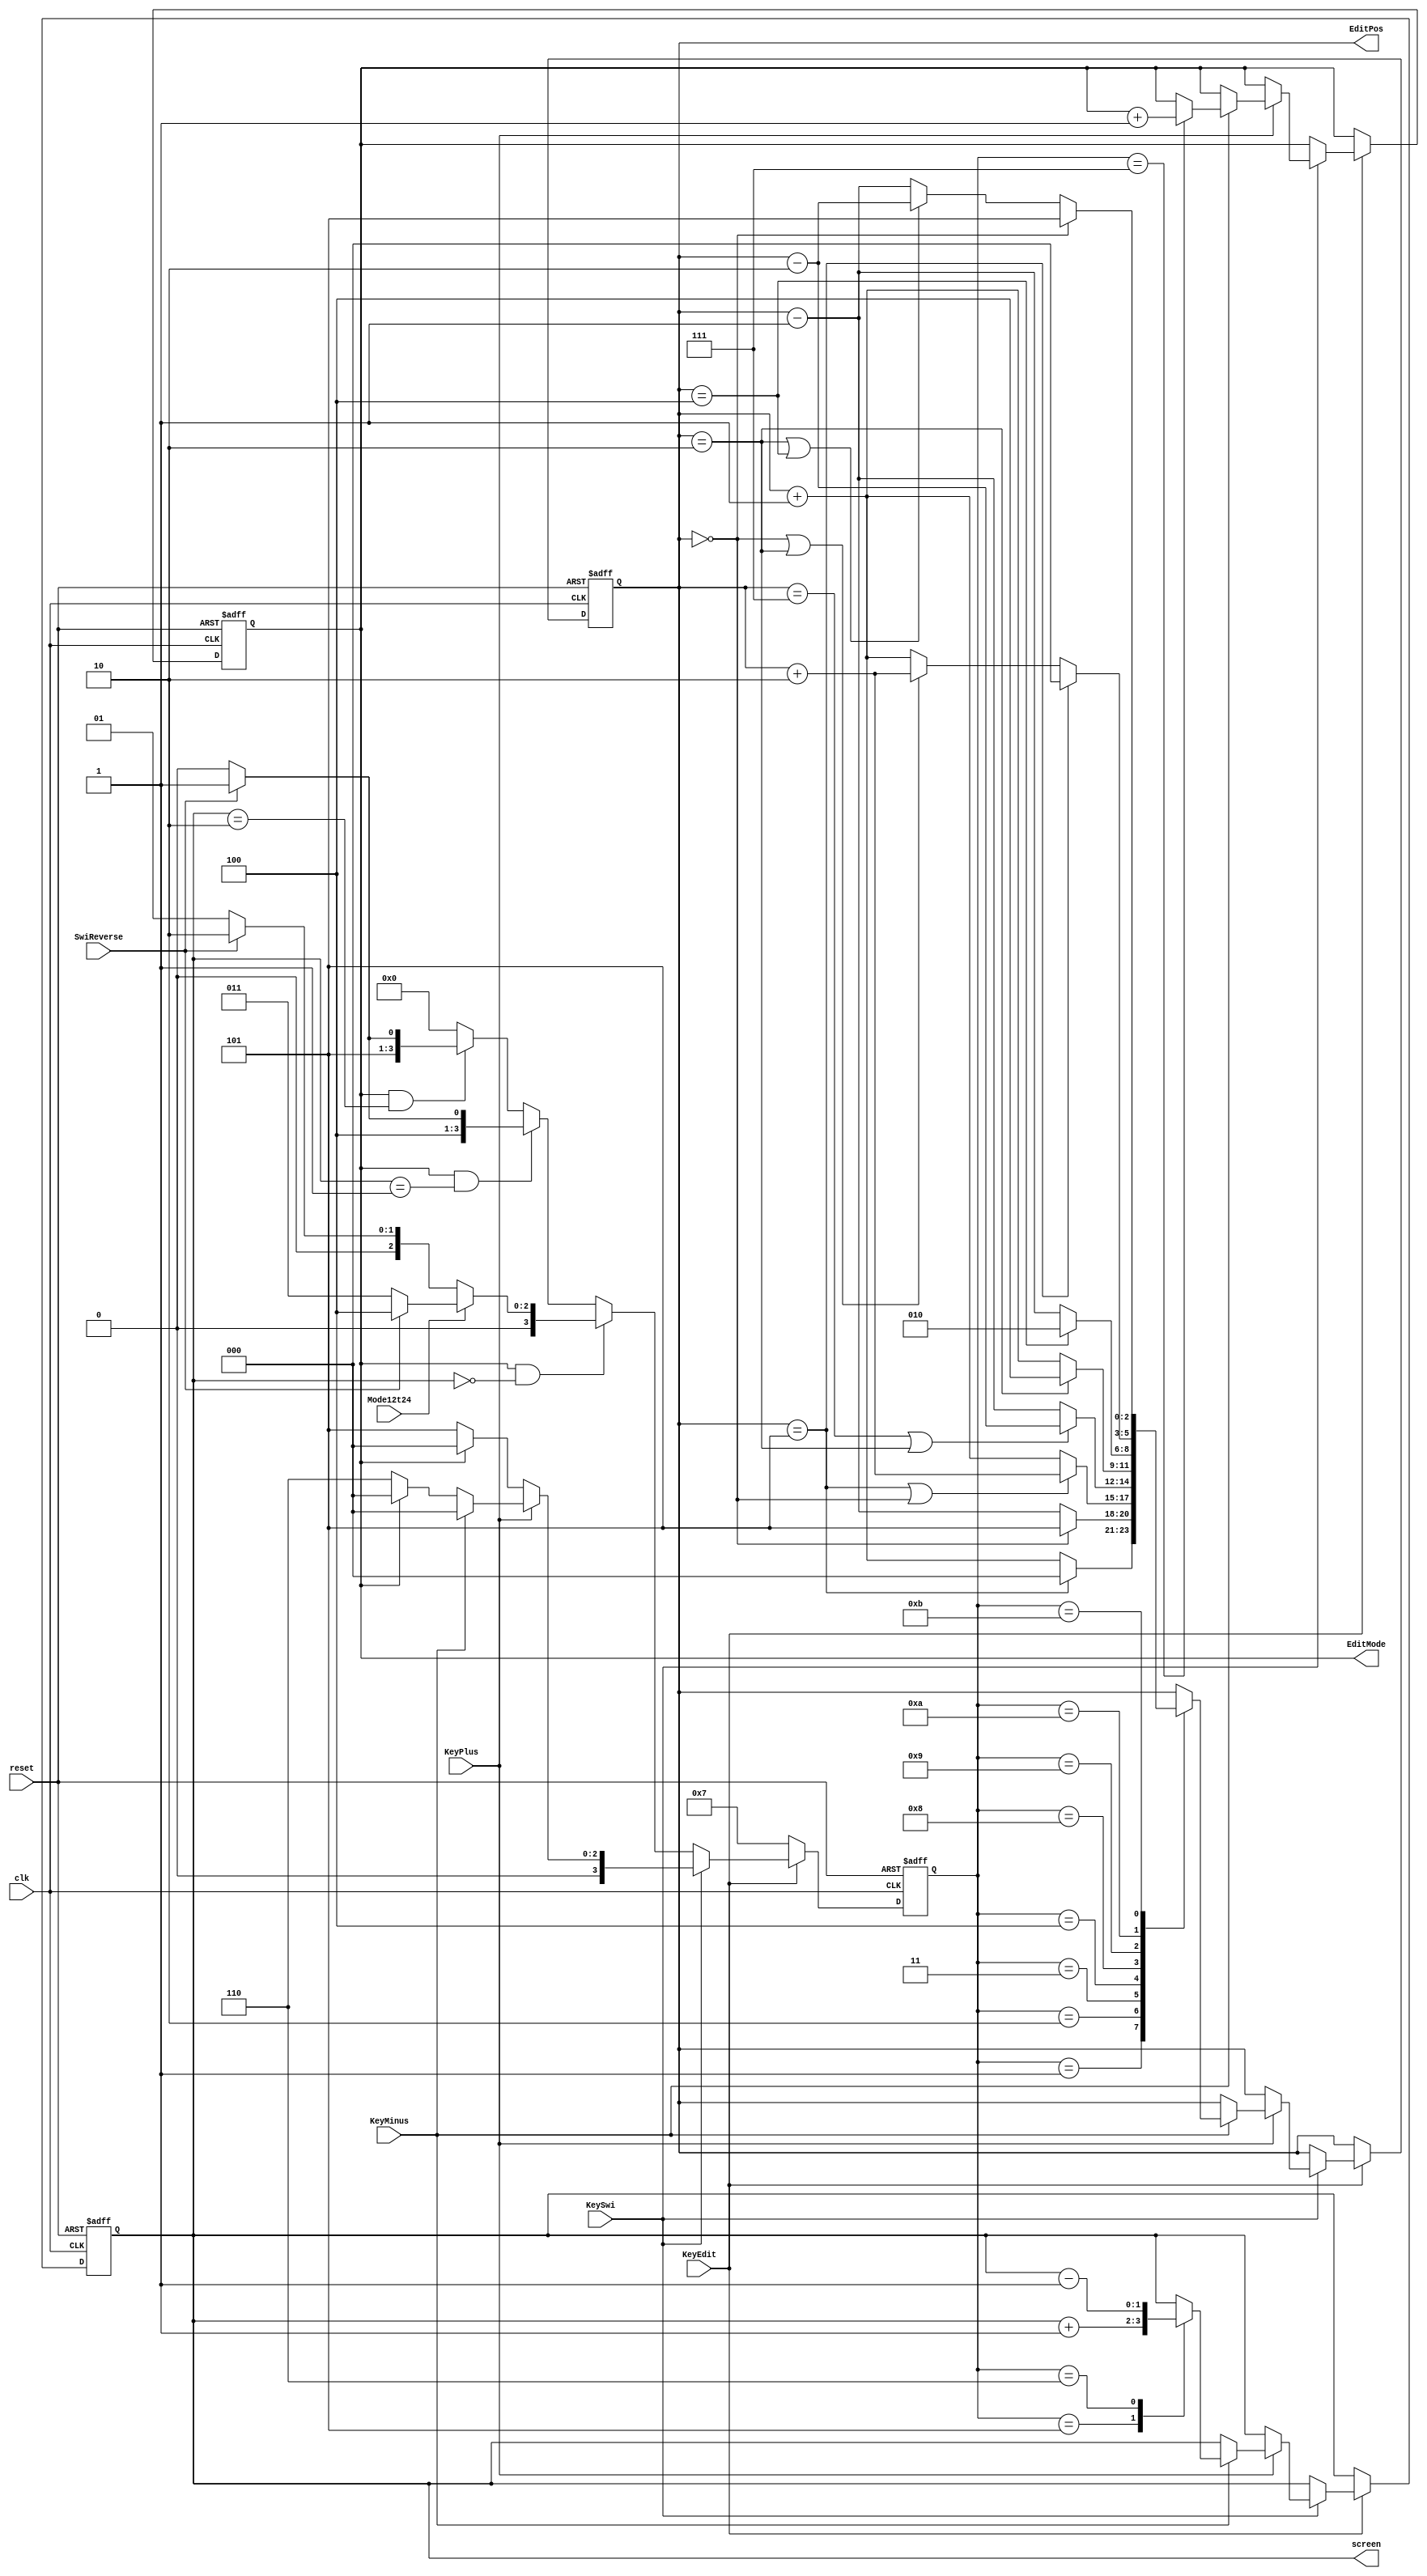
/** Basic Signal Manager
 * 
 * Input: Mode12t24, SwiReverse, KeyPlus, KeyMinus, KeyEdit, KeySwi, clk, reset
 * Output: EditMode, screen, EditPos
 * 
 * Dependence: none
 * 
 * Function: Manage basic signals of project
 * 
 * Description Input, Output:
 * 
 * - EditMode: perform Edit Mode which is high or low
 * - screen: perform the current screen
 * - EditPos: the current position of hex. This is opposite with hex which is 0 in the leftmost while it is 7
 * - KeyPlus, KeyMinus: plus, minus 1 unit of current position when in Edit Mode
 * - KeyEdit: switch between Edit Mode and Normal Mode
 * - KeySwi: switch to next position (from left to
 *           right) when user is in Edit Mode
 * - Mode24t12: perform he clock which is 12h or 24h, 12h when high
 * - SwiReverse: perform switch is reversed, reverse when high
 * - clk: the main clock for flip-flop
 * - reset: to reset the project
 */
module KeysManage(EditMode, screen, EditPos, KeyPlus, KeyMinus, KeyEdit, KeySwi, Mode12t24, SwiReverse, clk, reset);
	output reg EditMode;
	output reg[1:0] screen;
	output reg [2:0] EditPos;
	input Mode12t24, SwiReverse, KeyPlus, KeyMinus, KeyEdit, KeySwi, clk, reset;
	
	reg [3:0] mode;
	
	always @(posedge clk, negedge reset) begin
		if(~reset) begin
			screen <= 0;
			EditMode <= 0;
			EditPos <= 0;
			mode <= 0;
		end
		else if(~KeyEdit) begin
			mode <= 7;
		end
		else if(~KeySwi) begin
			if (EditMode == 1 && screen == 0) begin
				if (Mode12t24 == 0) begin
					if (SwiReverse == 0) mode <= 1;
					else mode <= 2;
				end
				else begin
					if (SwiReverse == 0) mode <= 3;
					else mode <= 4;
				end
			end
			else if (EditMode == 1 && screen == 1) begin
				if (SwiReverse == 0) mode <= 8;
				else mode <= 9;
			end
			else if (EditMode == 1 && screen == 2) begin
				if (SwiReverse == 0) mode <= 10;
				else mode <= 11;
			end
			else mode <= 0;
			
		end
		else if(~KeyPlus) begin
			if (EditMode == 0) mode <= 5;
			else mode <= 0;
		end
		else if(~KeyMinus) begin
			if (EditMode == 0) mode <= 6;
			else mode <= 0;
		end
		else begin
			mode <= 0;
			case(mode)
			1: EditPos <= EditPos == 5? 3'd0: EditPos + 3'd1;
			2: EditPos <= EditPos == 0? 3'd5: EditPos - 3'd1;
			3: EditPos <= (EditPos == 5 || EditPos == 0)? EditPos + 3'd2: EditPos + 3'd1;
			4: EditPos <= (EditPos == 7 || EditPos == 2)? EditPos - 3'd2: EditPos - 3'd1;
			5: screen <= screen + 2'd1;
			6: screen <= screen - 2'd1;
			7: EditMode <= EditMode + 1'b1;
			8: EditPos <= EditPos == 2? 3'd4: EditPos + 3'd1;
			9: EditPos <= EditPos == 4? 3'd2: EditPos - 3'd1;
			10: EditPos <= EditPos == 5? 3'd0: (EditPos == 0 || EditPos == 2)? EditPos + 3'd2: EditPos + 3'd1;
			11: EditPos <= EditPos == 0? 3'd5: (EditPos == 2 || EditPos == 4)? EditPos - 3'd2: EditPos - 3'd1;
			default: EditPos <= EditPos;
			endcase
		end
	end
	
endmodule